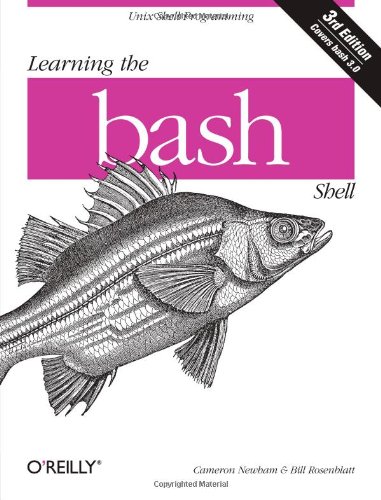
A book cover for Learning the bash Shell: Unix Shell Programming (In a Nutshell (O'Reilly)); Cameron Newham; Computers & Technology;